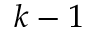
k - 1